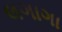
લગાગા